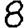
Digit: 8